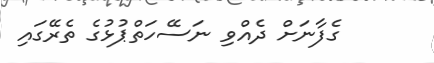
ގެފާނަށް ދެއްވި ނަސޭހަތްޕުޅުގެ ތެރޭގައި